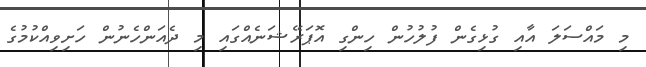
މި މައްސަލަ އާއި ގުޅިގެން ފުލުހުން ހިންގި އޮޕަރޭޝަނެއްގައި މި ދެއަންހެނުން ހަށިވިއްކުމުގެ